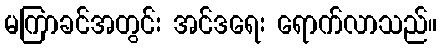
မကြာခင်အတွင်း အင်ဒရေး ရောက်လာသည်။